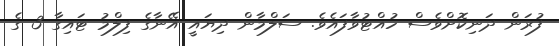
ފުރަން ދަނިކޮށްވެސް ހުއްޓުވާފައެވެ. ސަލްމާން ދިޔައީ އޭނާގެ ފިލްމު ޓައިގާ 3 ގެ